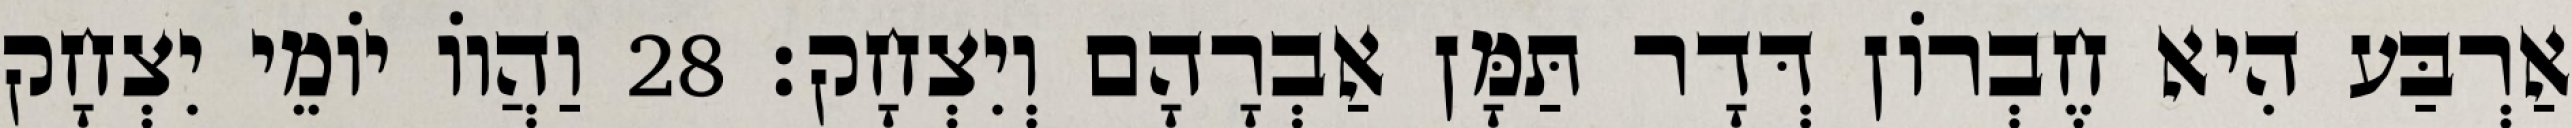
אַרְבַּע הִיא חֶבְרוֹן דְּדָר תַּמָּן אַבְרָהָם וְיִצְחָק׃ 28 וַהֲווֹ יוֹמֵי יִצְחָק